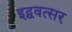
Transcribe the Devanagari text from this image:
इद्ववत्सर